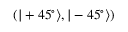
( | + 4 5 ^ { \circ } \rangle , | - 4 5 ^ { \circ } \rangle )